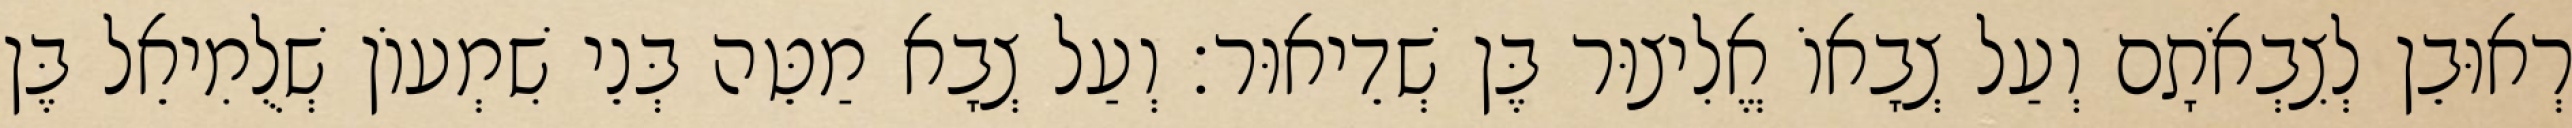
רְאוּבֵן לְצִבְאֹתָם וְעַל צְבָאוֹ אֱלִיצוּר בֶּן שְׁדֵיאוּר׃ וְעַל צְבָא מַטֵּה בְּנֵי שִׁמְעוֹן שְׁלֻמִיאֵל בֶּן